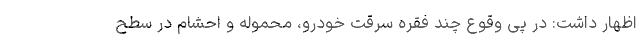
اظهار داشت: در پی وقوع چند فقره سرقت خودرو، محموله و احشام در سطح